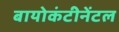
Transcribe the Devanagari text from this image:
बायोकंटीनेंटल